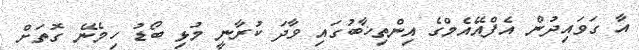
އާ ގަވައިދުން އެފްއޭއެމްގެ އިންތިޚާބުގައި ވާދަ ކުރާނީ މުޅި ބޯޑު ހިމެނޭ ގޮތަށް